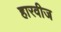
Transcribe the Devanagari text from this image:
हारवीज